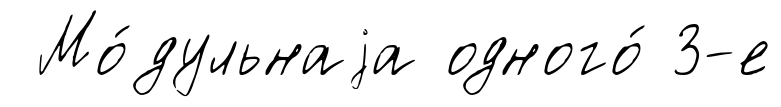
Мо́дульнаjа одного́ 3-е